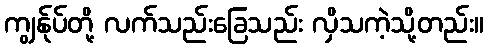
ကျွန်ုပ်တို့ လက်သည်းခြေသည်း လှိသကဲ့သို့တည်း။